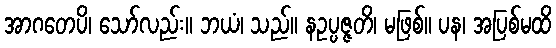
အာဂတေပိ၊ သော်လည်း။ ဘယံ၊ သည်။ နဥပ္ပဇ္ဇတိ၊ မဖြစ်။ ပန၊ အပြစ်မထိ